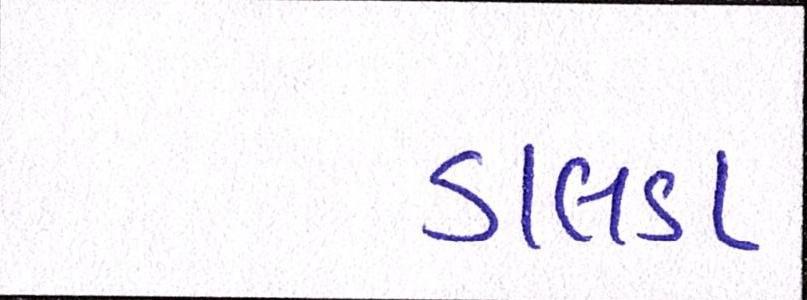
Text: ડાલડા